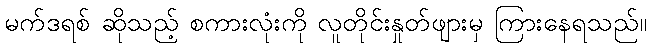
မက်ဒရစ် ဆိုသည့် စကားလုံးကို လူတိုင်းနှုတ်ဖျားမှ ကြားနေရသည်။